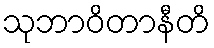
သုဘာဝိတာနီတိ